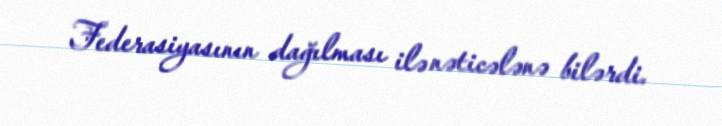
Federasiyasının dağılması ilə nəticələnə bilərdi.